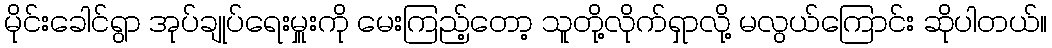
မိုင်းခေါင်ရွာ အုပ်ချုပ်ရေးမှူးကို မေးကြည့်တော့ သူတို့လိုက်ရှာလို့ မလွယ်ကြောင်း ဆိုပါတယ်။